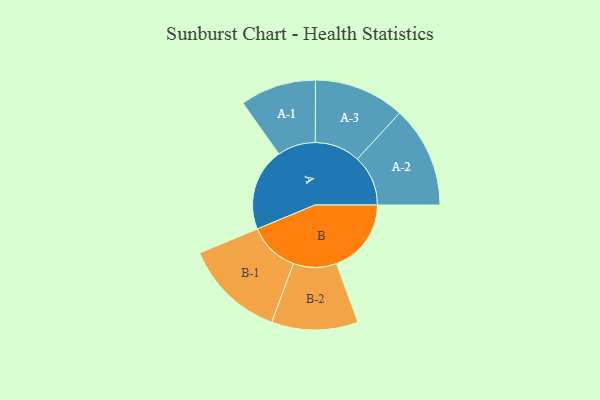
{"axis": {"x": "Segment", "y": "Value"}, "legend": ["", "A", "B"], "data": [{"x": "A", "y": 450, "type": ""}, {"x": "B", "y": 407, "type": ""}, {"x": "A-1", "y": 207, "type": "A"}, {"x": "A-2", "y": 276, "type": "A"}, {"x": "A-3", "y": 247, "type": "A"}, {"x": "B-1", "y": 275, "type": "B"}, {"x": "B-2", "y": 235, "type": "B"}]}